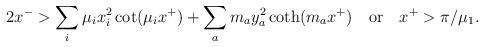
LaTeX: \begin{align*}2x^- > \sum_i \mu_i x_i^2 \cot(\mu_i x^+) + \sum_a m_a y_a^2 \coth(m_a x^+)\quad {\rm or} \quad x^+ > \pi/\mu_1.\end{align*}